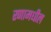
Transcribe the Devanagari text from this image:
रणामधील